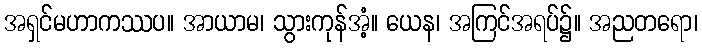
အရှင်မဟာကဿပ။ အာယာမ၊ သွားကုန်အံ့။ ယေန၊ အကြင်အရပ်၌။ အညတရော၊